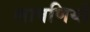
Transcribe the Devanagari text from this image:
लावणियों